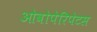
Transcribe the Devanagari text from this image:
ओवोपेरिपेटस